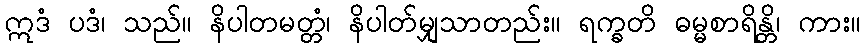
ဣဒံ ပဒံ၊ သည်။ နိပါတမတ္တံ၊ နိပါတ်မျှသာတည်း။ ရက္ခတိ ဓမ္မစာရိန္တိ၊ ကား။